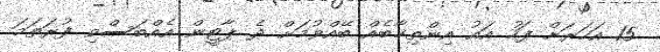
15 އަހަރަށް ފަހު އައު އިންތިޚާބެއް ބޭއްވުމަށް ދެ ޕާޓީން އެއްބަސްވި ފުރަތަމަ